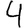
Digit: 4